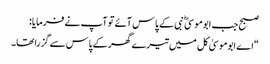
صبح جب ابوموسیٰ ؓ نبی کے پاس آئے تو آپ نے فرمایا:
“اے ابوموسیٰ کل میں تیرے گھر کے پاس سے گزرا تھا۔